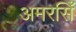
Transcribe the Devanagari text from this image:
अमरसिँ